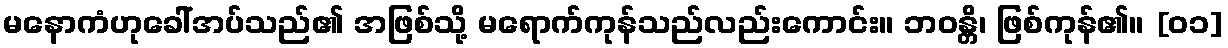
မနောကံဟုခေါ်အပ်သည်၏ အဖြစ်သို့ မရောက်ကုန်သည်လည်းကောင်း။ ဘဝန္တိ၊ ဖြစ်ကုန်၏။ [၀၁]